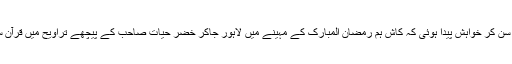
تلاوت سن کر خواہش پیدا ہوئی کہ کاش ہم رمضان المبارک کے مہینے میں لاہور جاکر خضر حیات صاحب کے پیچھے تراویح میں قرآن سنتے ۔